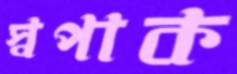
স্বপাক